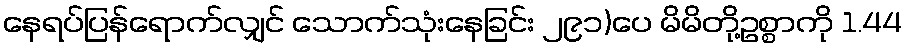
နေရပ်ပြန်ရောက်လျှင် သောက်သုံးနေခြင်း ၂၉၁)ပေ မိမိတို့ဥစ္စာကို 1.44